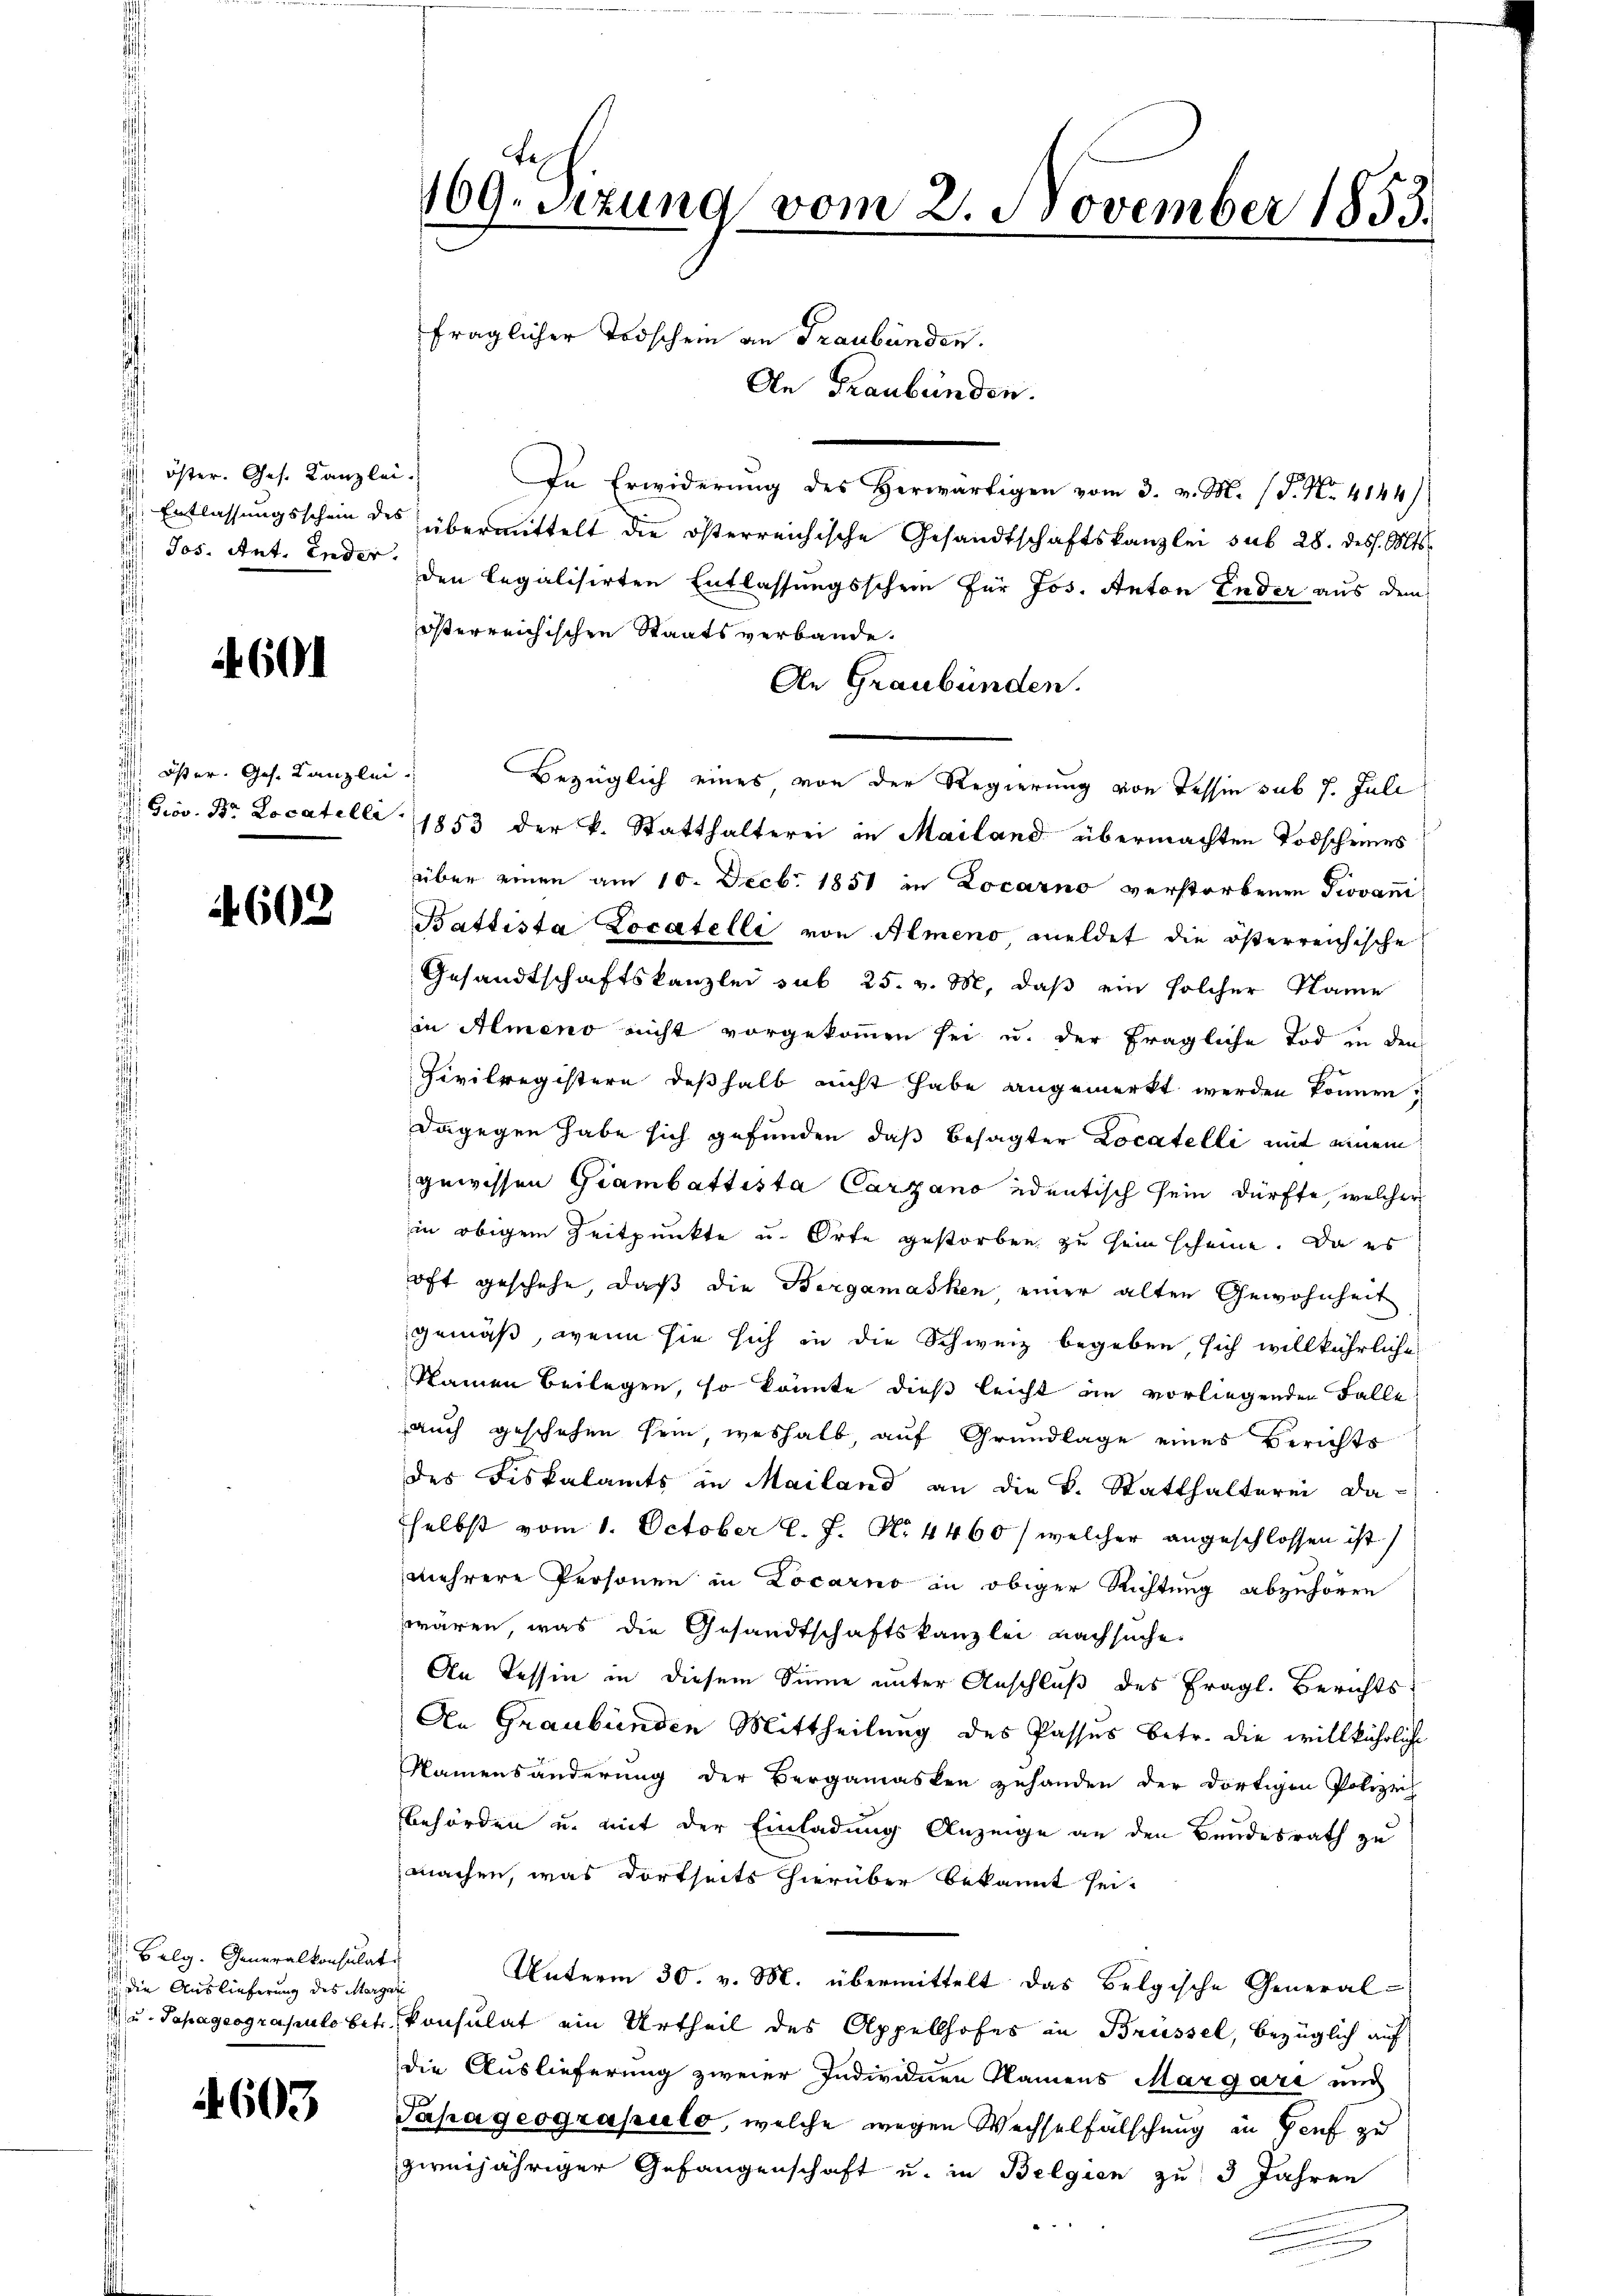
öster. Ges. Kanzlei.

4601

4602

Belg. Generalkonsulat
 die Auslieferung des Margari

4603

In Erwiderung des Herwärtigen vom 3. v. M. (T. No. 4144)
 Entlassungsschein des übermittelt die österreichische Gesandtschaftskanzlei sub 28. dess. Mts.
 Jos. Ant. Ender den legalisirten Entlassungsschein für Jos. Anton Ender aus dem
österreichischen Staatsverbande.
An Graubünden.
 öster. Ges. Kanzlei Bezüglich eines von der Regierung von Tessin sub 7. Juli
Grov. Dr Locatelli (1853 der k. Statthalterei in Mailand übermachten Todscheines
über einen am 10. Decbr. 1851 in Locarno verstorbenen Piovani
Battista Locatelli von Almeno meldet die österreichische
Gesandtschaftskanzlei sub 25. v. M., daß ein solcher Name
in Almeno nicht vorgekommen sei u. der fragliche Tod in den
Civilregistern deßhalb nicht habe angemerkt werden können,
dagegen habe sich gefunden, daß besagter Locatelli mit einem
gewissen Giambattista Carzano identisch sein dürfte, welcher
in obigem Zeitpunkte u. Orte gestorben zu sein scheine. Da es
oft geschehe, daß die Bergamasken einer alten Gewohnheit
gemäß, wenn sie sich in die Schweiz begeben, sich willkührliche
Namen Beilagen, so könnte dieß leicht in vorliegenden Falle
auch geschehen sein, weshalb, auf Grundlage eines Berichts
des Fiskalamts in Mailand an die L. Statthalterei daselbst vom 1. October l. J. No. 4460/ welcher angeschlossen ist)
mehrere Personen in Locarno in obiger Richtung abzuhören
wären, was die Gesandtschaftskanzlei nachsuche.
An Tessin in diesem Sinne unter Anschluß des fragl. Berichts¬
An Graubünden Mittheilung des Passus betr. die willkührliche
Namensänderung der Bergamasken zuhanden der dortigen Polizeis
Behörden u. mit der Einladung Anzeige an den Bundesrath zu
machen, was dortseits hierüber bekannt sei.
Unterm 30. v. M. übermittelt das Belgische General-
 u. Sapageograpulobet, konsulat ein Urtheil des Appellhofes in Brüssel, bezüglich auf
die Auslieferung zweier Individuen Namens Margare und
Tapageograpuls, welche wegen Wechselfälschung in Genf zu
zweijähriger Gefangenschaft u. in Belgien zu 3 Jahren
 "
.

tes
169. Sitzung vom 2. November 1853.
fraglicher Todschein an Graubünden.
An Graubünden.